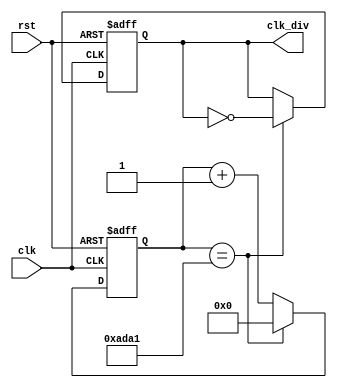
 module clkdiv2 (
    output reg clk_div,
	input clk,
    input rst
    );
	localparam constantNumber =44450 ;
	reg [31:0] count;
 
always @ (posedge(clk), posedge(rst))
begin
    if (rst == 1'b1)
        count <= 32'b0;
    else if (count == constantNumber - 1)
        count <= 32'b0;
    else
        count <= count + 1;
end
always @ (posedge(clk), posedge(rst))
begin
    if (rst == 1'b1)
        clk_div <= 1'b0;
    else if (count == constantNumber - 1)
        clk_div <= ~clk_div;
    else
        clk_div <= clk_div;
end
endmodule